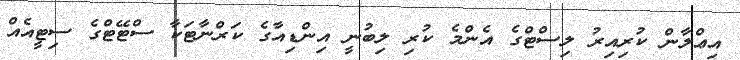
އިޢްލާން ކުރިއިރު ލިސްޓްގެ އެންމެ ކުރި ލިބުނީ އިންޑިއާގެ ކަރްނާޓަކާ ސްޓޭޓްގެ ސިޓީއެއް